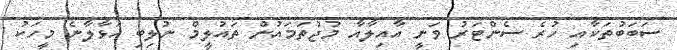
ސަބަބުތަކާއި ހުރެ ސެންޓަރު ވަނީ އާއިލާއާ މުޖުތަމައުން ތައުލީމް ނުލިބި އަޅާލާނެ މީހަކު